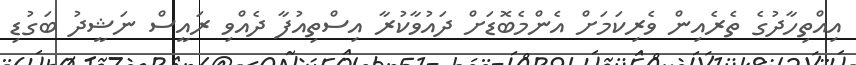
އިއްތިހާދުގެ ތެރެއިން ވެރިކަމަށް އެންމެބޮޑަށް ދައުވާކުރާ އިސްތިއުފާ ދެއްވި ރައީސް ނަޝީދު ބަގުޑި